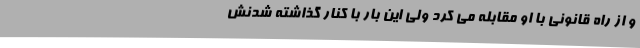
و از راه قانونی با او مقابله می کرد ولی این بار با کنار گذاشته شدنش